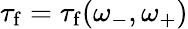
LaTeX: \tau_{\mathrm{f}}=\tau_{\mathrm{f}}(\omega_{-},\omega_{+})